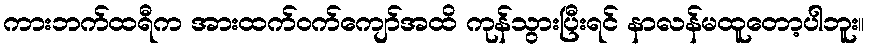
ကားဘက်ထရီက အားထက်ဝက်ကျော်အထိ ကုန်သွားပြီးရင် နာလန်မထူတော့ပါဘူး။